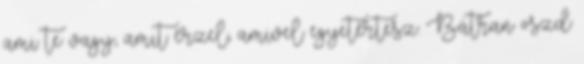
ami te vagy, amit érzel, amivel egyetértesz. Bátran oszd